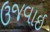
ઉજવાઇ